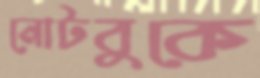
নোটবুকে